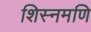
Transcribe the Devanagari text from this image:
शिस्नमणि